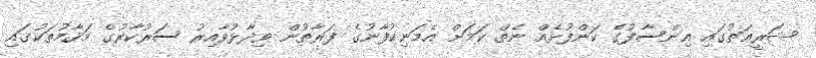
ޝަރީޢަތުގައި އިންސާފުގެ ކަންފުޅެއް ނެތް ކަމަށް އެމަނިކުފާނުގެ ފަރާތުން ވިދާޅުވާއިރު ސަރުކާރުގެ މަޤާމުތަކުގައި